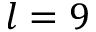
l = 9